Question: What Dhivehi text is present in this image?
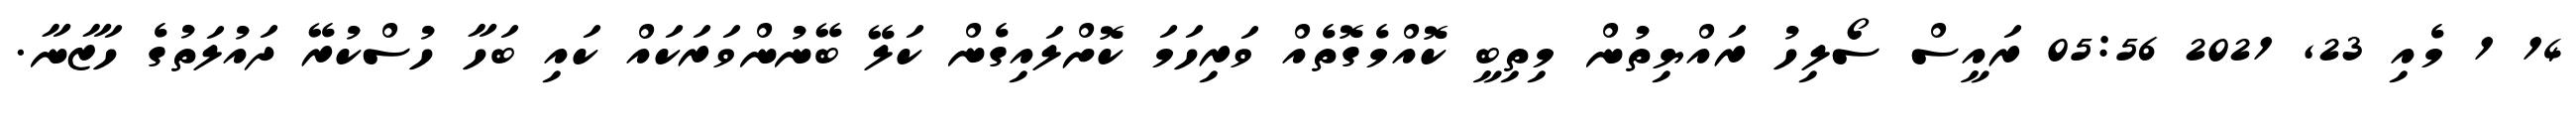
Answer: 14 1 މެއި 23, 2021 05:56 ރައީސް ސޯލިހު ރައްޔިތުން މިތިބީ ކޮއްމެގޮތެއް ވަރިހަމަ ކޮށްލައިގެން ކަލޭ ބޭނުންވަރަކައް ކައި ބަހާ ހުސްކުރޭ ދައުލަތުގެ ހަޒާނާ.